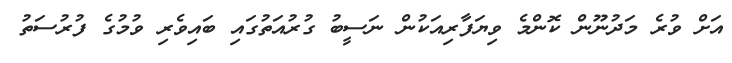
އަށް ވުރެ މަދުނޫން ކޮންމެ ވިޔަފާރިއަކުން ނަސީބު ގުރުއަތުގައި ބައިވެރި ވުމުގެ ފުރުސަތު